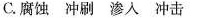
C.腐蚀 冲刷 渗入 冲击